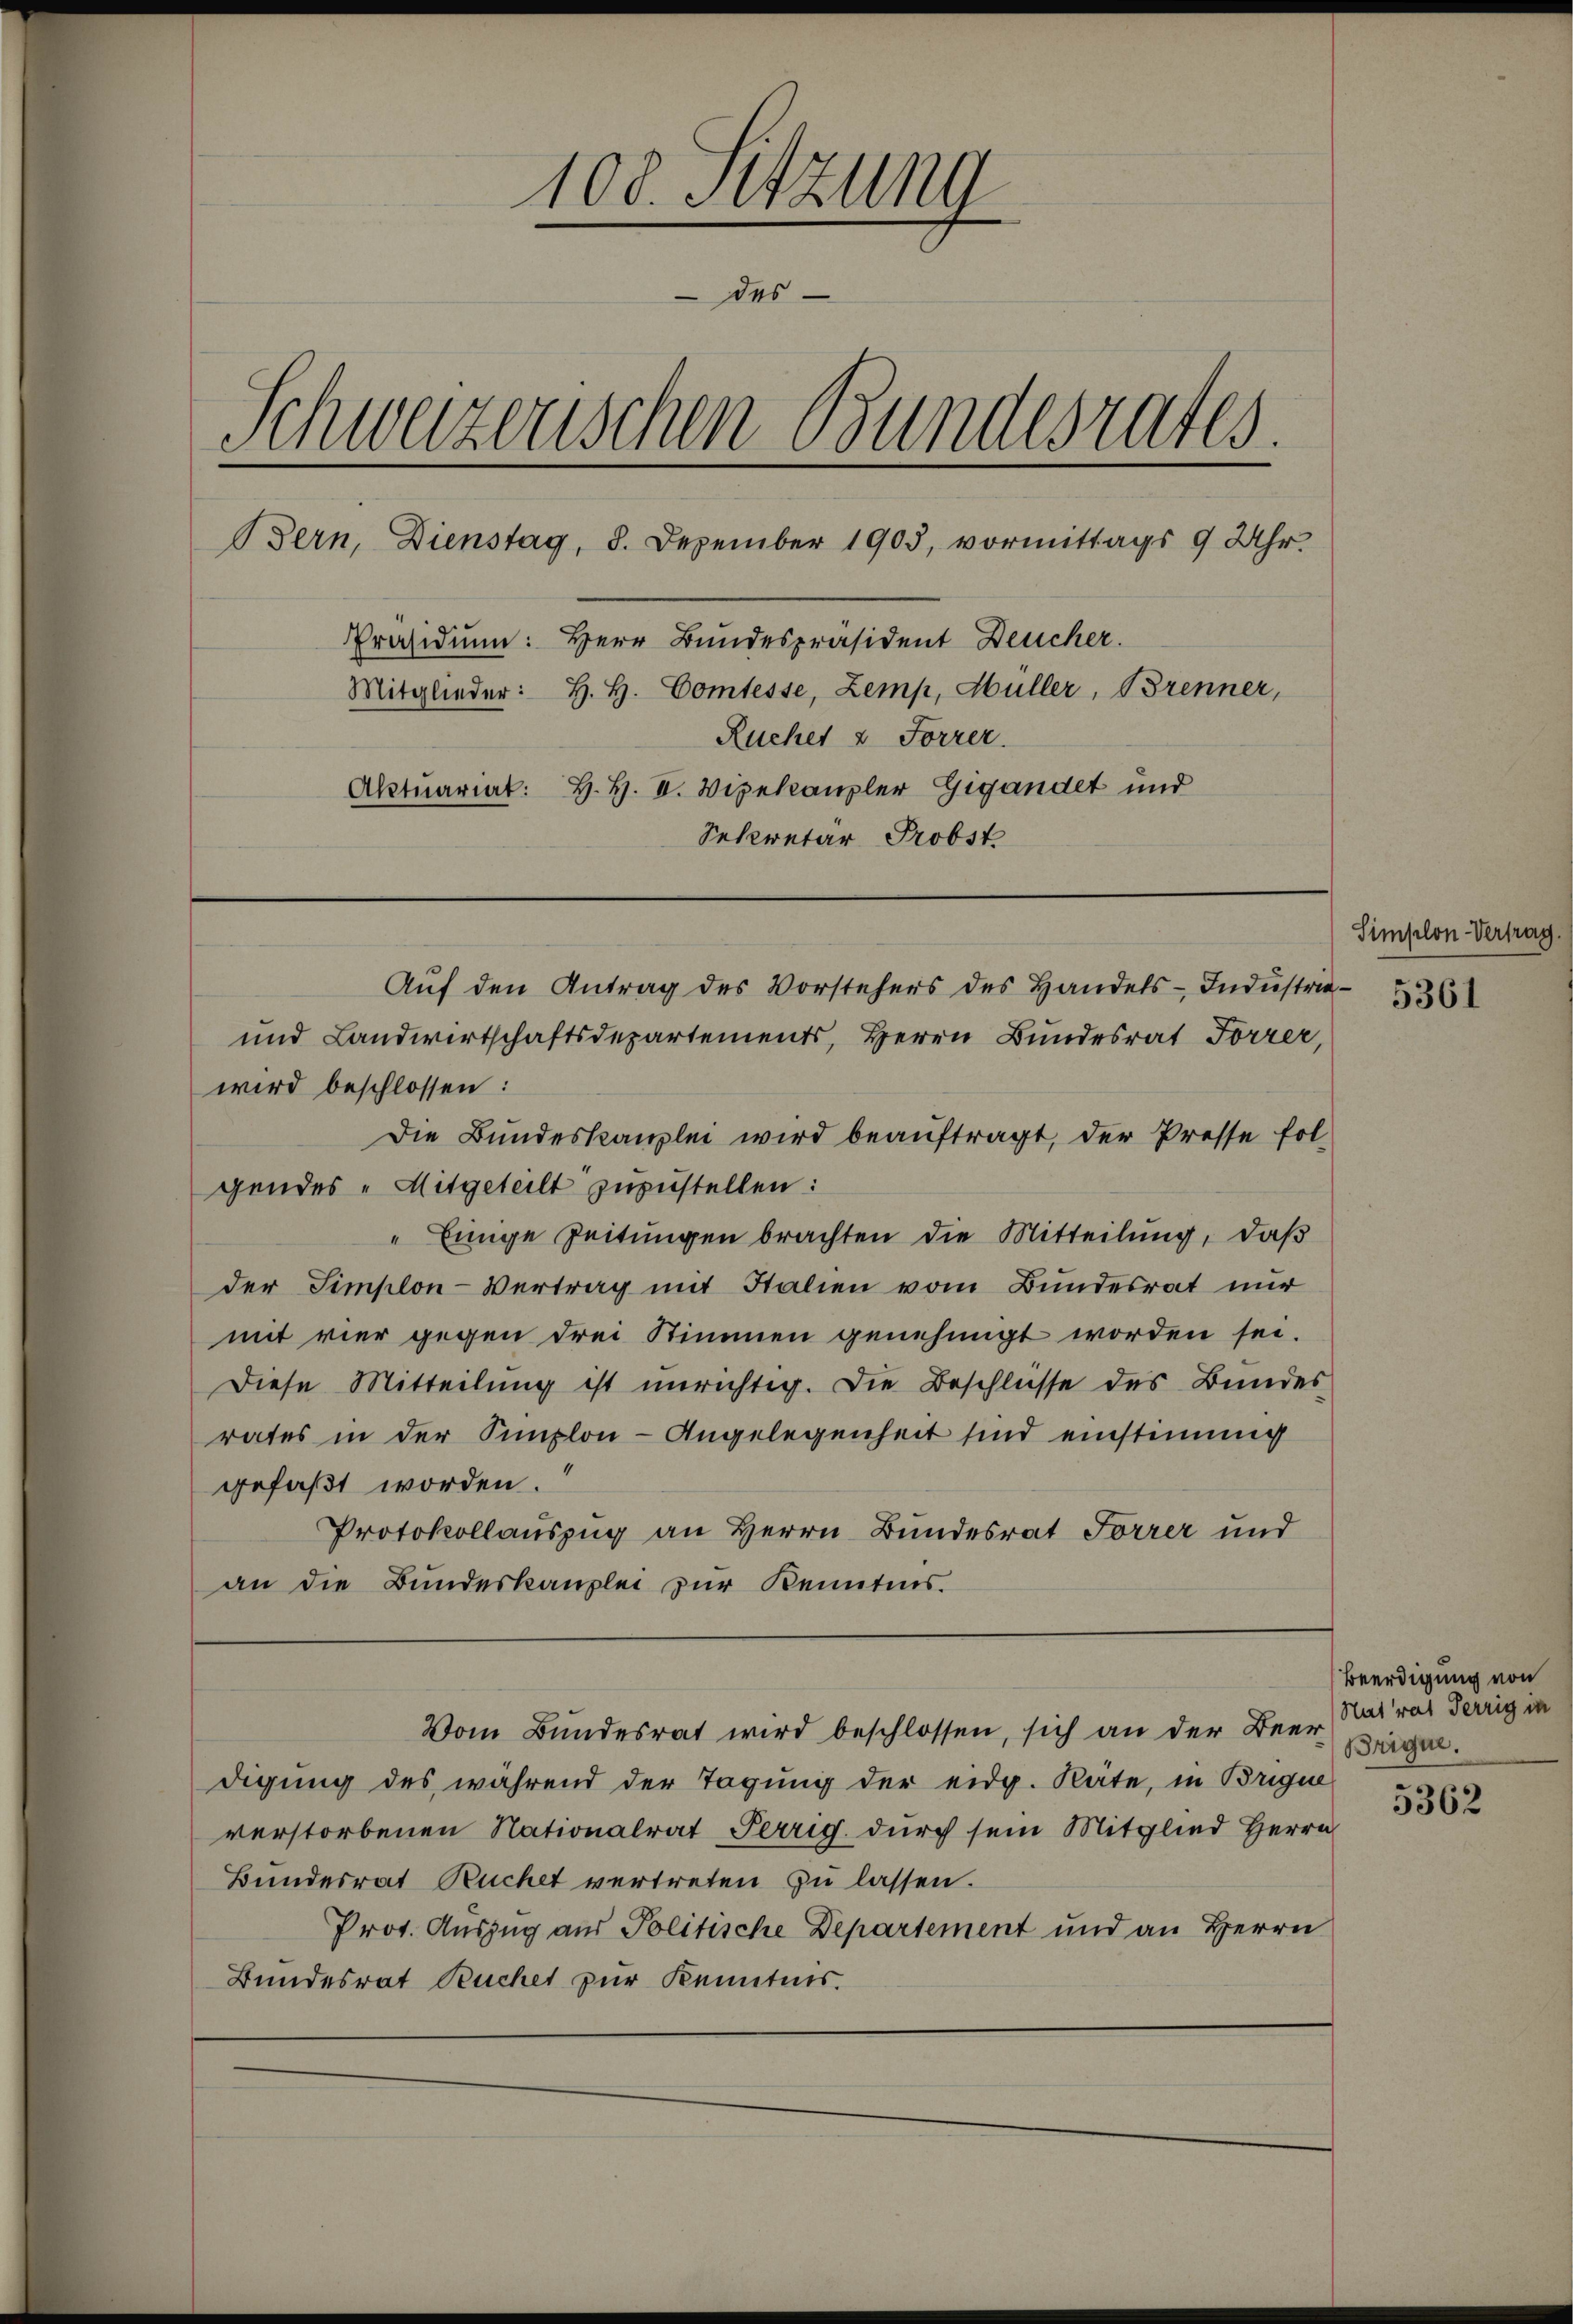
108. Sitzung
 des
Schweizerischen Bundesrates
Bern, Dienstag, 8. Dezember 1903, vormittags 9 Uhr.
Präsidium: Herr Bundespräsident Deucher.
Mitglieder: H. H. Comtesse, Zemp, Hüller, Brenner,
Rucher & Forrer.
Aktuariat: H. H. V. Vizekanzler Gigandet und
Sekretär Probst

wird beschlossen:
Die Bundeskanzlei wird beauftragt, der Presse fol-
gendes Mitgeteilt zuzustellen:
" Einige Zeitungen brachten die Mitteilung, daß
der Simplon-Vertrag mit Italien vom Bundesrat nur
mit vier gegen drei Stimmen genehmigt worden sei.
Diese Mitteilung ist unrichtig. Die Beschlüsse des Bundes
rates in der Simplon-Angelegenheit sind einstimmig
gefaßt worden.
Protokollauszug an Herrn Bundesrat Forrer und
an die Bundeskanzlei zur Kenntnis.

Auf den Antrag des Vorstehers des Handels-Industrie¬
und Landwirtschaftsdepartements, Herrn Bundesrat Forrer,

digung des während der Tagung der eidg. Räte, in Brigue
verstorbenen Nationalrat Perrig durch sein Mitglied Herrn
Bundesrat Ruchet vertreten zu lassen.
Prot. Auszug aus Politische Departement und an Herrn
Bundesrat Ruchet zur Kenntnis.

Vom Bundesrat wird beschlossen, sich an der Beer-

Simplon Vertrag.
5361

Beerdigung von
Natrat Terrig in
Brique.

5362